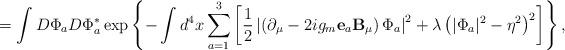
LaTeX: \begin{align*}=\int D\Phi_a D\Phi_a^{*}\exp\left\{-\int d^4x\sum\limits_{a=1}^{3}\left[\frac12\left|\left(\partial_\mu-2ig_m{\bf e}_a{\bf B}_\mu\right)\Phi_a\right|^2+\lambda\left(|\Phi_a|^2-\eta^2\right)^2\right]\right\},\end{align*}